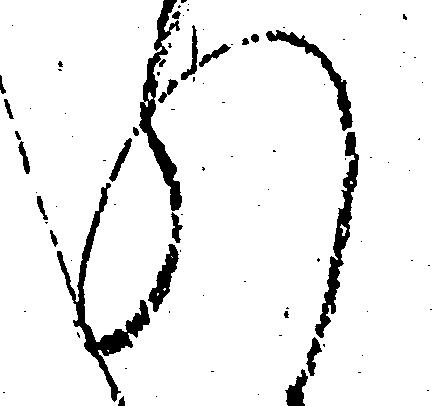
れ